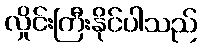
လှိုင်းကြီးနိုင်ပါသည်